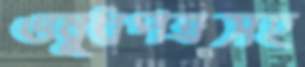
ওষুধপত্রসহ